Scottish Leaving Certificate Examination, 1959
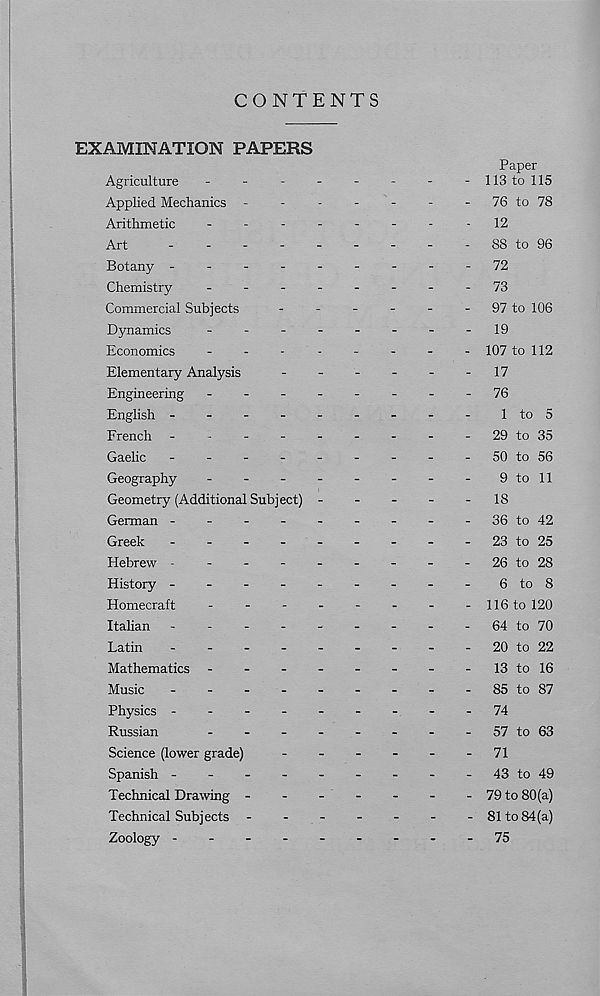
CONTENTS
EXAMINATION PAPERS
Paper
Agriculture
-
-
-
-
-
-
-
- 113 to 115
Applied Mechanics -
-
-
-
-
-
- 76 to 78
Arithmetic
-
-
-
-
-
-
-
-
12
Art
- 88 to 96
Botany
72
Chemistry
-
--
..---73
Commercial Subjects
-
-
-
-
-
- 97 to 106
Dynamics
-
--
-----19
Economics
-------- 107 to 112
Elementary Analysis
-
-
-
-
-
-17
Engineering -
--
--
--
-76
English ---------lto5
French -
-
-
-
-
-
-
-
- 29 to 35
Gaelic
-
50 to 56
Geography
-
-
-
-
-
-
-
-
9 to 11
Geometry (Additional Subject) -
-
-
-
-
18
German -
-
-
-
-
-
-
-
-36 to 42
Greek
-
-
-
-
-
-
-
-
-23 to 25
Hebrew -
-
-
-
-
-
-
-
- 26 to 28
History -
-
-
-
-
-
-
-
-
6 to 8
Homecraft
-
-
-
-
-
-
-
-116 to 120
Italian -
-
-
-
-
-
-
-
- 64 to 70
Latin
-
-
-
-
-
-
-
-
-20 to 22
Mathematics -
-
-
-
-
-
-
-
13 to 16
Music
-
-
-
-
-
-
-
-
-85 to 87
Physics ---------74
Russian
-
-
-
-
-
-
-
- 57 to 63
Science (lower grade)
-
-
-
-
-
- 71
Spanish -
-
-
-
-
-
-
-
-43 to 49
Technical Drawing -
-
-
-
-
-
-79 to 80(a)
Technical Subjects ------- 81 to 84(a)
Zoology ---------75